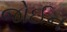
જોઈન